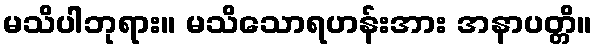
မသိပါဘုရား။ မသိသောရဟန်းအား အနာပတ္တိ။